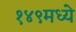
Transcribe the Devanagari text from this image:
१४९मध्ये